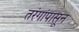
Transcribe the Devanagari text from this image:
तरंगांपासून